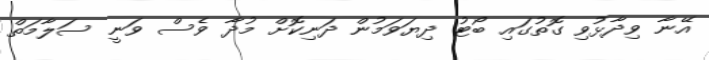
އޭނާ ވިދާޅުވި ގޮތުގައި ބޯޓު ދިޔަވަމުން ދަނިކޮށް މުދާ ވެސް ވަނީ ސަލާމަތް